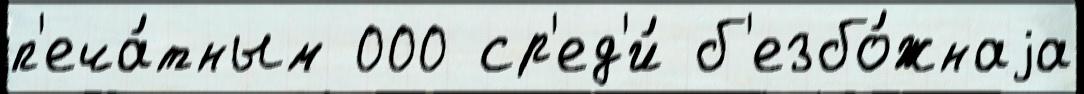
п'еча́тным 000 ср'ед'и́ б'езбо́жнаjа